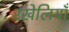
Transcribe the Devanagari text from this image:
रखेलियाँ